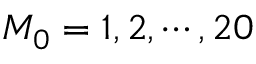
M _ { 0 } = 1 , 2 , \cdots , 2 0